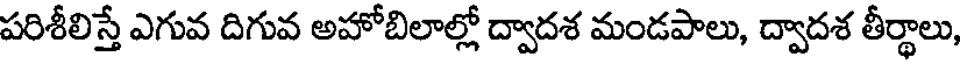
పరిశీలిస్తే ఎగువ దిగువ అహోబిలాల్లో ద్వాదశ మండపాలు, ద్వాదశ తీర్థాలు,